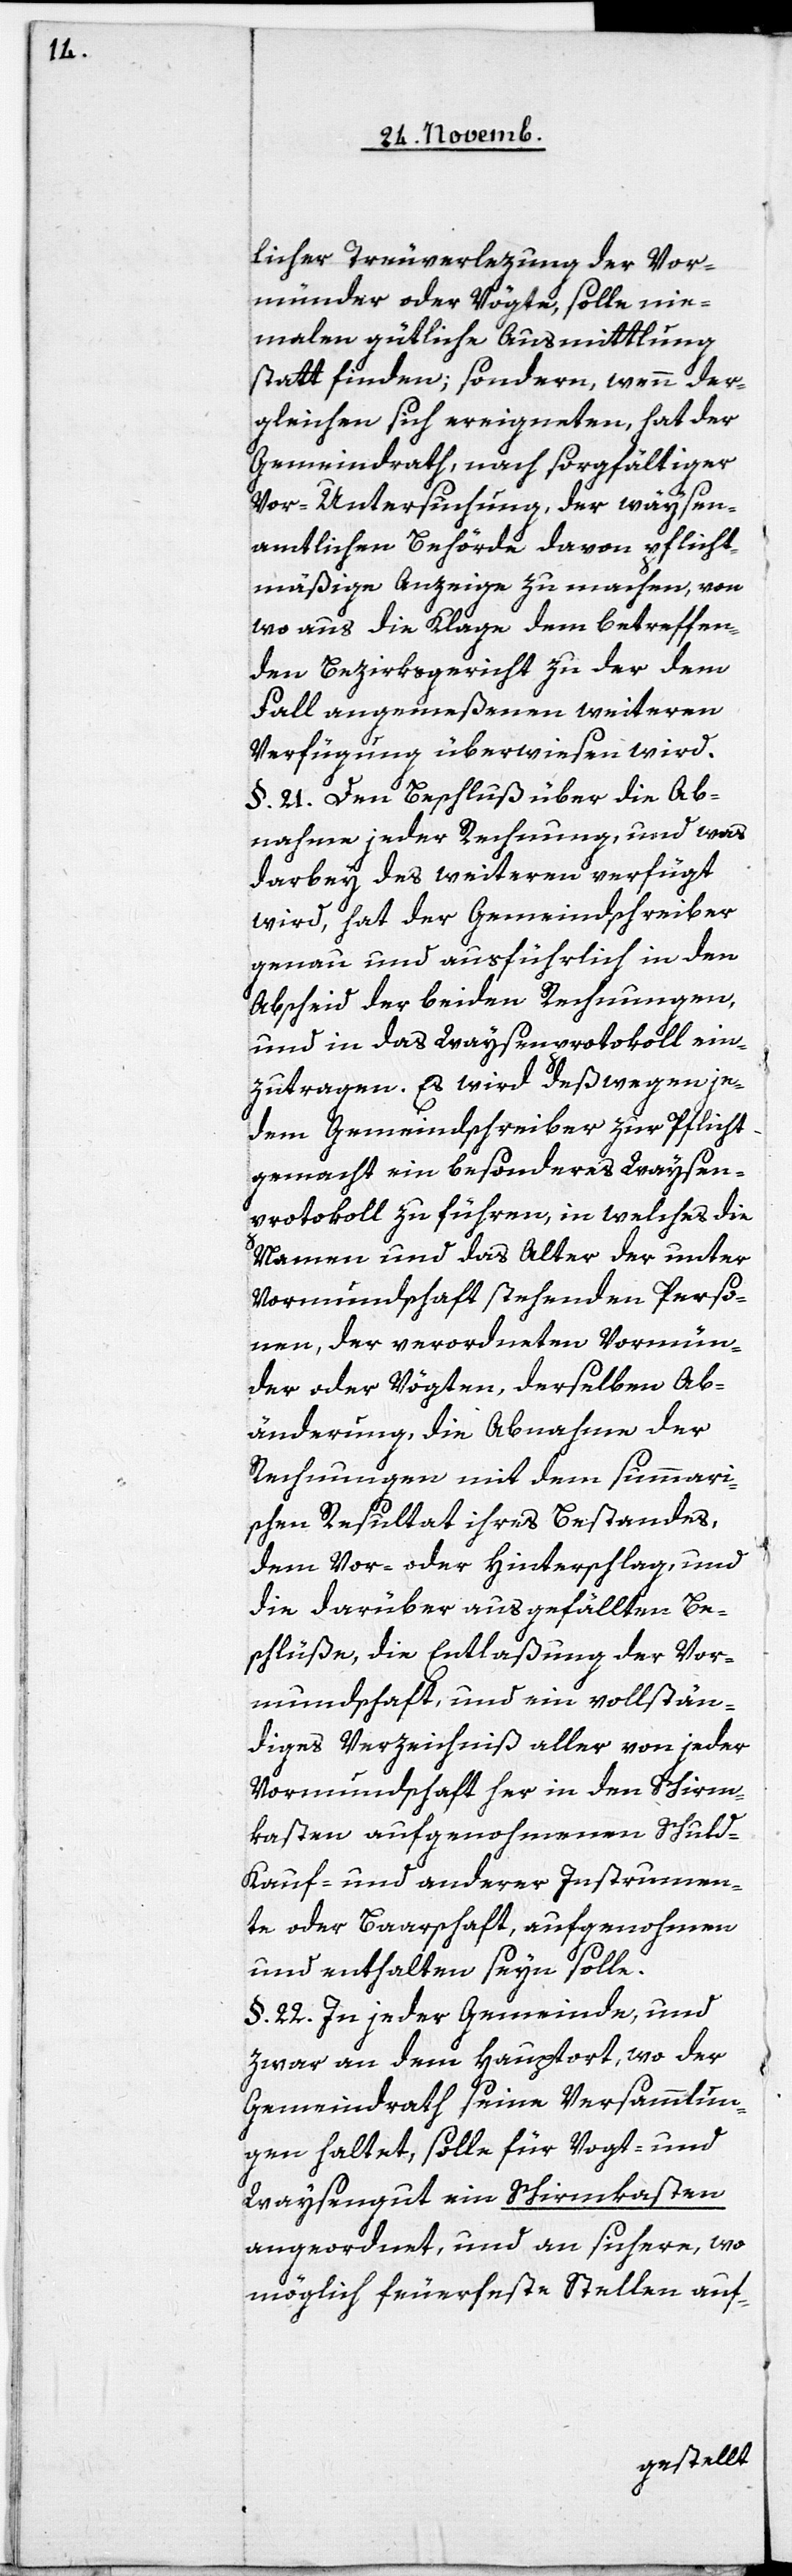
licher Treuverlezung der Vor¬
münder oder Vögte, solle nie¬
malen gütliche Ausmittlung
statt finden; sondern, wenn der¬
gleichen sich ereigneten, hat der
Gemeindrath, nach sorgfältiger
Vor-Untersuchung, der waysen¬
amtlichen Behörde davon pflicht¬
mäßige Anzeige zu machen, von
wo aus die Klage dem betreffen¬
den Bezirksgericht zu der dem
Fall angemeßenen weiteren
Verfügung überwiesen wird.
§. 21. Den Beschluß über die Ab¬
nahme jeder Rechnung, und was
darbey des weiteren verfügt
wird, hat der Gemeindschreiber
genau und ausführlich in den
Abscheid der beyden Rechnungen,
und in das Waysenprotokoll ein¬
zutragen. Es wird deßwegen je¬
dem Gemeindschreiber zur Pflicht
gemacht ein besonderes Waysen¬
protokoll zu führen, in welches die
Namen und das Alter der unter
Vormundschaft stehenden Perso¬
nen, der verordneten Vormün¬
der oder Vögten, derselben Ab¬
änderung, die Abnahme der
Rechnungen mit dem summari¬
schen Resultat ihres Bestandes,
dem Vor- oder Hinterschlag, und
die darüber ausgefällten Be¬
schlüße, die Entlaßung der Vor¬
mundschaft, und ein vollstän¬
diges Verzeichniß aller von jeder
Vormundschaft her in den Schirm¬
kasten aufgenohmenen Schuld-[,]
Kauf- und anderer Instrumen¬
te oder Baarschaft, aufgenohmen
und enthalten seyn solle.
§. 22. In jeder Gemeinde, und
zwar an dem Hauptort, wo der
Gemeindrath seine Versammlun¬
gen haltet, solle für Vogt- und
Waysengut ein Schirmkasten
angeordnet, und an sichere, wo
möglich feuerfeste Stellen auf-